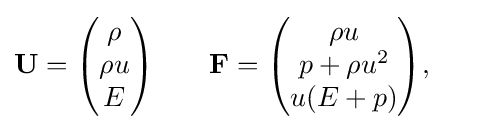
\mathbf {U} ={\begin{pmatrix}\rho \\\rho u\\E\end{pmatrix}}\qquad \mathbf {F} ={\begin{pmatrix}\rho u\\p+\rho u^{2}\\u(E+p)\end{pmatrix}},\qquad